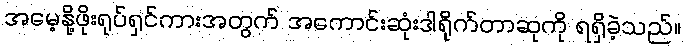
အမေ့နို့ဖိုးရုပ်ရှင်ကားအတွက် အကောင်းဆုံးဒါရိုက်တာဆုကို ရရှိခဲ့သည်။